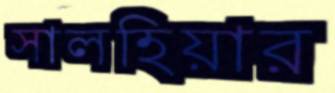
সালহিয়ার